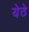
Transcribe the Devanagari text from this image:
येठे